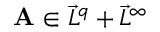
\mathbf { A } \in \vec { L } ^ { q } + \vec { L } ^ { \infty }